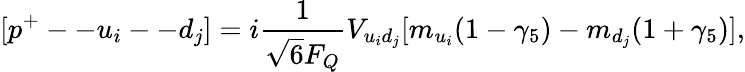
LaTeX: [p^{+}--u_{i}--d_{j}]=i\frac{1}{\sqrt{6}F_{Q}}V_{u_{i}d_{j}}[m_{u_{i}}(1-\gamma_{5})-m_{d_{j}}(1+\gamma_{5})],